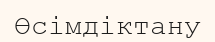
Өсімдіктану